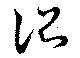
詔